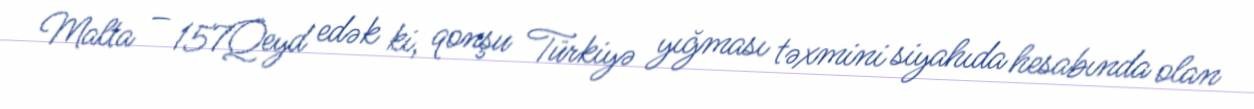
Malta – 157Qeyd edək ki, qonşu Türkiyə yığması təxmini siyahıda hesabında olan